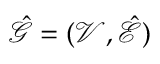
\mathcal { \hat { G } } = ( \mathcal { V } , \mathcal { \hat { E } } )